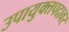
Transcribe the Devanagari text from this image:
उपायुक्तपदावर